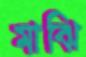
মাঝি